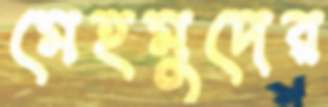
মেহমুদের